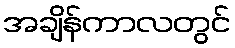
အချိန်ကာလတွင်